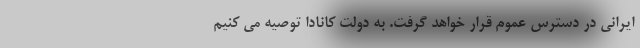
ایرانی در دسترس عموم قرار خواهد گرفت. به دولت کانادا توصیه می کنیم